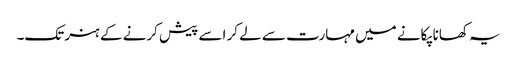
یہ کھانا پکانے میں مہارت سے لے کر اسے پیش کرنے کے ہنر تک۔